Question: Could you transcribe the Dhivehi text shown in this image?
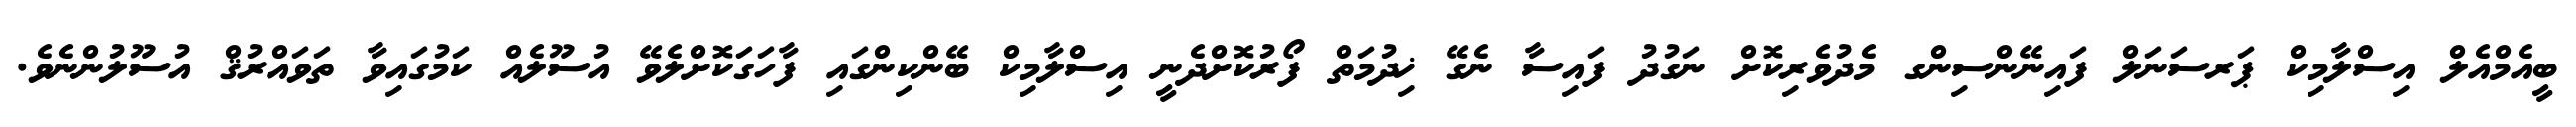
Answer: ބީއެމްއެލް އިސްލާމިކް ޕަރސަނަލް ފައިނޭންސިންގ މެދުވެރިކޮށް ނަގުދު ފައިސާ ނެގޭ ޚިދުމަތް ފޯރުކޮށްދެނީ އިސްލާމިކް ބޭންކިންގައި ފާހަގަކޮށްލެވޭ އުސޫލެއް ކަމުގައިވާ ތަވައްރުޤް އުސޫލުންނެވެ.